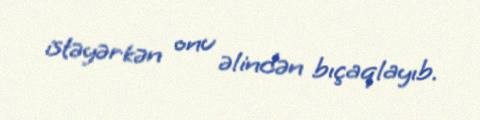
istəyərkən onu əlindən bıçaqlayıb.